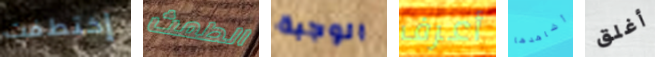
إختطفت الطمث الوجبة أعرف أشاهدها أغلق